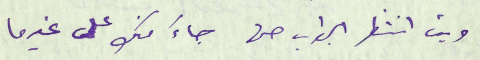
وبت انتظر الجواب حتى جاءَ منك على غيرما